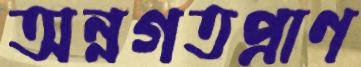
অন্নগতপ্রাণ